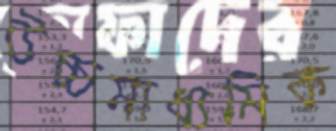
উচ্চমাধ্যমিক